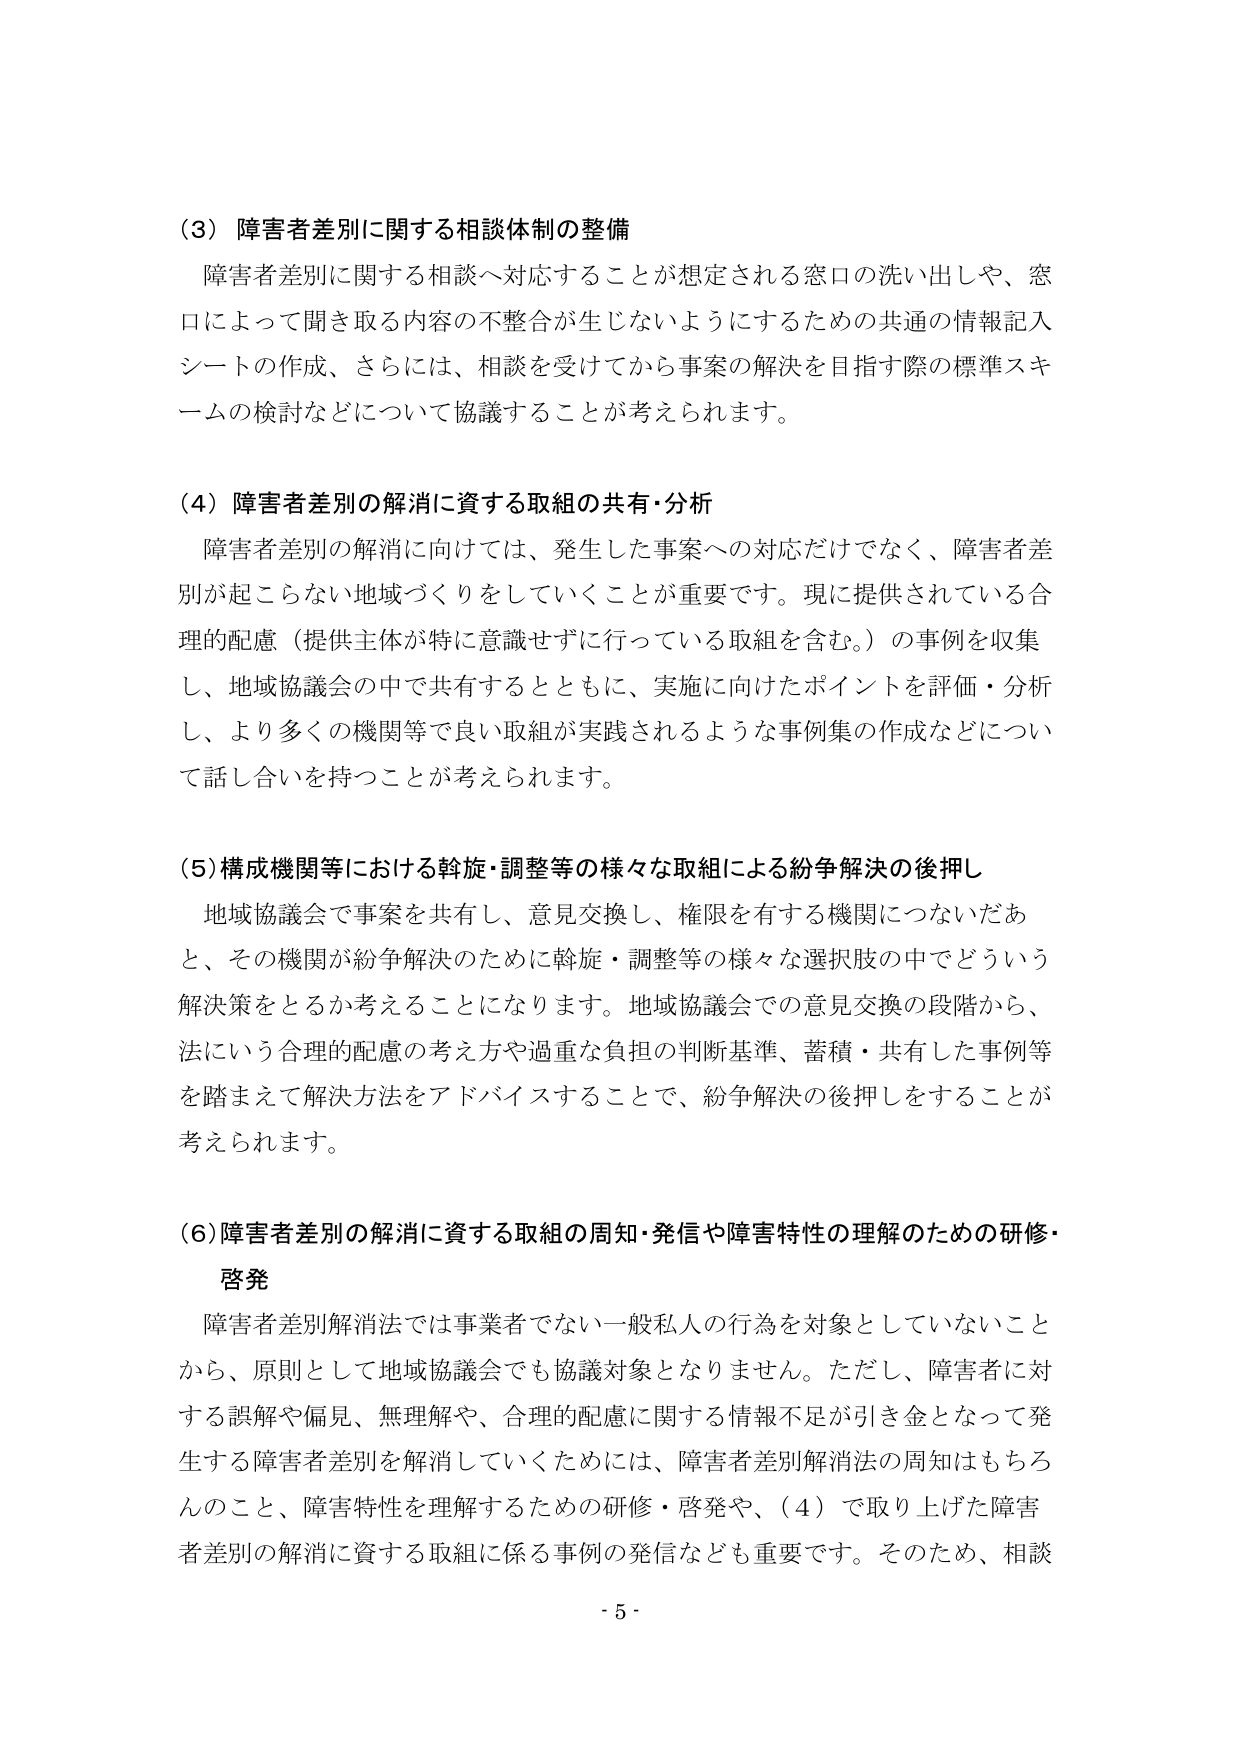
（3）障害者差別に関する相談体制の整備
障害者差別に関する相談へ対応することが想定される窓口の洗い出しや、窓口によって聞き取る内容の不整合が生じないようにするための共通の情報記入シートの作成、さらには、相談を受けてから事案の解決を目指す際の標準スキームの検討などについて協議することが考えられます。

（4）障害者差別の解消に資する取組の共有・分析
障害者差別の解消に向けては、発生した事案への対応だけでなく、障害者差別が起こらない地域づくりをしていくことが重要です。現に提供されている合理的配慮（提供主体が特に意識せずにに行っている取組を含む。）の事例を収集し、地域協議会の中で共有するとともに、実施に向けたポイントを評価・分析し、より多くの機関等で良い取組が実践されるような事例集の作成などについて話し合いを持つことが考えられます。

（5）構成機関等における斡旋・調整等の様々な取組による紛争解決の後押し
地域協議会で事案を共有し、意見交換し、権限を有する機関につないだあと、その機関が紛争解決のために斡旋・調整等の様々な選択肢の中でどういう解決策をとるか考えることになります。地域協議会での意見交換の段階から、法にいう合理的配慮の考え方や過重な負担の判断基準、蓄積・共有した事例等を踏まえて解決方法をアドバイスすることで、紛争解決の後押しをすることが考えられます。

（6）障害者差別の解消に資する取組の周知・発信や障害特性の理解のための研修・啓発
障害者差別解消法では事業者でない一般私人の行為を対象としていないことから、原則として地域協議会でも協議対象となりません。ただし、障害者に対する誤解や偏見、無理解や、合理的配慮に関する情報不足が引き金となって発生する障害者差別を解消していくためには、障害者差別解消法の周知はもちろんのこと、障害特性を理解するための研修・啓発や、（4）で取り上げた障害者差別の解消に資する取組に係る事例の発信なども重要です。そのため、相談

- 5 -